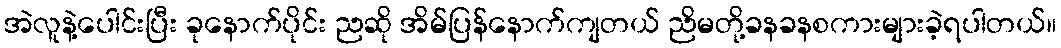
အဲလူနဲ့ပေါင်းပြီး ခုနောက်ပိုင်း ညဆို အိမ်ပြန်နောက်ကျတယ် ညိမတို့ခနခနစကားများခဲ့ရပါတယ်။